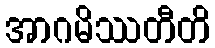
အာဂမိဿတီတိ